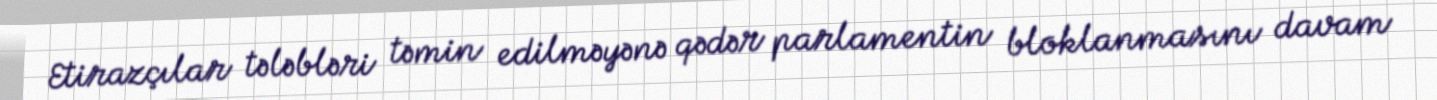
Etirazçılar tələbləri təmin edilməyənə qədər parlamentin bloklanmasını davam